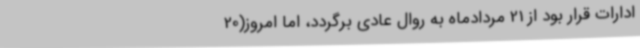
ادارات قرار بود از 21 مردادماه به روال عادی برگردد، اما امروز(20